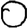
Digit: 0